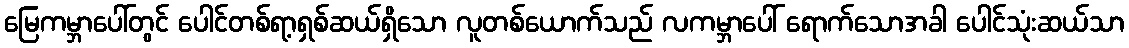
မြေကမ္ဘာပေါ်တွင် ပေါင်တစ်ရာ့ရှစ်ဆယ်ရှိသော လူတစ်ယောက်သည် လကမ္ဘာပေါ် ရောက်သောအခါ ပေါင်သုံးဆယ်သာ